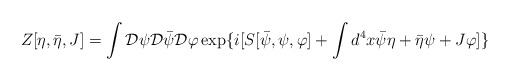
\begin{align*}Z[\eta,\bar{\eta},J]=\int{\cal D}\psi{\cal D}\bar{\psi}{\cal D}\varphi\exp\{i[S[\bar{\psi},\psi,\varphi]+\int d^{4}x \bar{\psi}\eta+\bar{\eta}\psi+J\varphi]\}\end{align*}